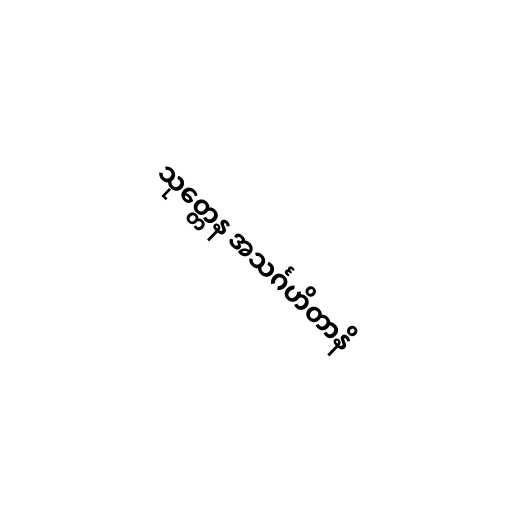
သုတ္တေန အသင်္ဂဟိတာနိ